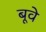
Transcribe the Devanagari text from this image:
बूवे